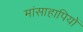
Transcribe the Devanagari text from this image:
मांसाहापियों